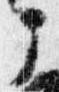
部